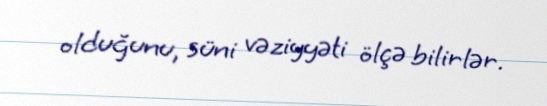
olduğunu, süni vəziyyəti ölçə bilirlər.